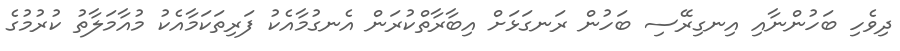
ދިވެހި ބަހުންނާއި އިނގިރޭސި ބަހުން ރަނގަޅަށް އިބާރާތްކުރަން އެނގުމާއެކު ފަރިތަކަމާއެކު މުއާމަލާތު ކުރުމުގެ